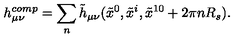
h _ { \mu \nu } ^ { c o m p } = \sum _ { n } \tilde { h } _ { \mu \nu } ( \tilde { x } ^ { 0 } , \tilde { x } ^ { i } , \tilde { x } ^ { 1 0 } + 2 \pi n R _ { s } ) .